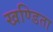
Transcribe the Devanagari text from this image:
खण्डिता